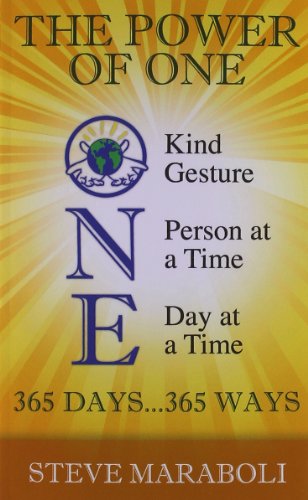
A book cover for The Power Of One; Steve Maraboli; Politics & Social Sciences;